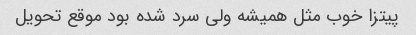
پیتزا خوب مثل همیشه ولی سرد شده بود موقع تحویل